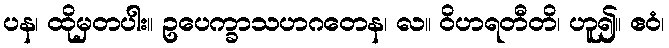
ပန၊ ထိုမှတပါး။ ဥပေက္ခာသဟဂတေန၊ လ။ ဝိဟရတီတိ၊ ဟူ၍။ ဧဝံ၊